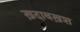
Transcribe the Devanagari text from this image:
ख़दाबख़श